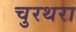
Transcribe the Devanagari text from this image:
चुरथरा